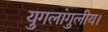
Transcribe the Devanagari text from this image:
युगलांगुलीय।